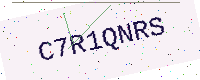
Text: C7R1QNRS